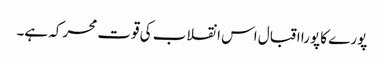
پورے کا پورا اقبال اس انقلاب کی قوت محرکہ ہے۔